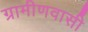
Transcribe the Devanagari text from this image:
ग्रामीणवासी